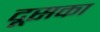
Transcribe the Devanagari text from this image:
दूसका